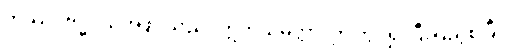
ကဿပဗုဒ္ဓဝံသအဖွင့်သည်။ ဣတိသမတ္တာ၊ ဤတွင်၍ ပြီးပြည့်စုံပြီ။